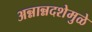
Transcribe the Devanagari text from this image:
अन्नान्नदशेमुळे